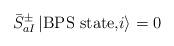
LaTeX: \begin{align*}{\bar S}^{\pm}_{aI} \, \vert \mbox{BPS state,} i\rangle = 0\end{align*}